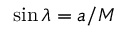
\sin \lambda = a / M